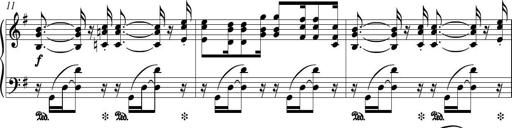
Title: Piano Sonatina in G major
Composer: Johan Peter Emilius Hartmann
Key: G major